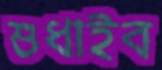
শুধাইব